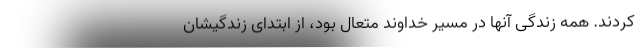
کردند. همه زندگی آنها در مسیر خداوند متعال بود، از ابتدای زندگیشان